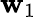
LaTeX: \mathbf{w}_{1}